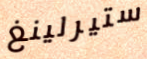
ستيرلينغ